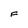
Character: F